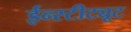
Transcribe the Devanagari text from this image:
ईन्स्टीट्यूट